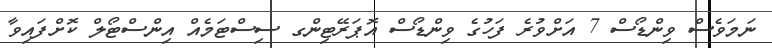
ނަމަވެސް ވިންޑޯސް 7 އަށްވުރެ ފަހުގެ ވިންޑޯސް އޮޕަރޭޓިންގ ސިސްޓަމެއް އިންސްޓޯލް ކޮށްފައިވާ